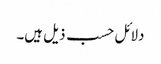
دلائل حسب ذیل ہیں۔